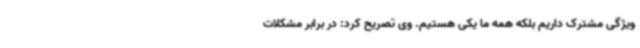
ویژگی مشترک داریم بلکه همه ما یکی هستیم. وی تصریح کرد: در برابر مشکلات